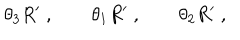
\theta _ { 3 } R ^ { \prime } \; , \qquad \theta _ { 1 } R ^ { \prime } \; , \qquad \theta _ { 2 } R ^ { \prime } \; ,